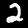
Label: 2